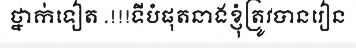
ថ្នាក់ទៀត .!!!ទីបំផុតនាងខ្ញុំត្រូវបានរៀន